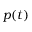
p ( t )